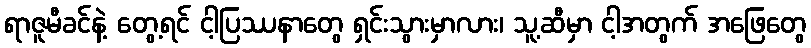
ရာဇူမီခင်နဲ့ တွေ့ရင် ငါ့ပြဿနာတွေ ရှင်းသွားမှာလား၊ သူ့ဆီမှာ ငါ့အတွက် အဖြေတွေ